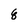
Character: 8